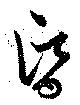
昏